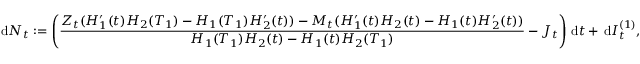
\, \mathrm { d } N _ { t } : = \left( \frac { Z _ { t } ( H _ { 1 } ^ { \prime } ( t ) H _ { 2 } ( T _ { 1 } ) - H _ { 1 } ( T _ { 1 } ) H _ { 2 } ^ { \prime } ( t ) ) - M _ { t } ( H _ { 1 } ^ { \prime } ( t ) H _ { 2 } ( t ) - H _ { 1 } ( t ) H _ { 2 } ^ { \prime } ( t ) ) } { H _ { 1 } ( T _ { 1 } ) H _ { 2 } ( t ) - H _ { 1 } ( t ) H _ { 2 } ( T _ { 1 } ) } - J _ { t } \right) \, \mathrm { d } t + \, \mathrm { d } I _ { t } ^ { ( 1 ) } ,